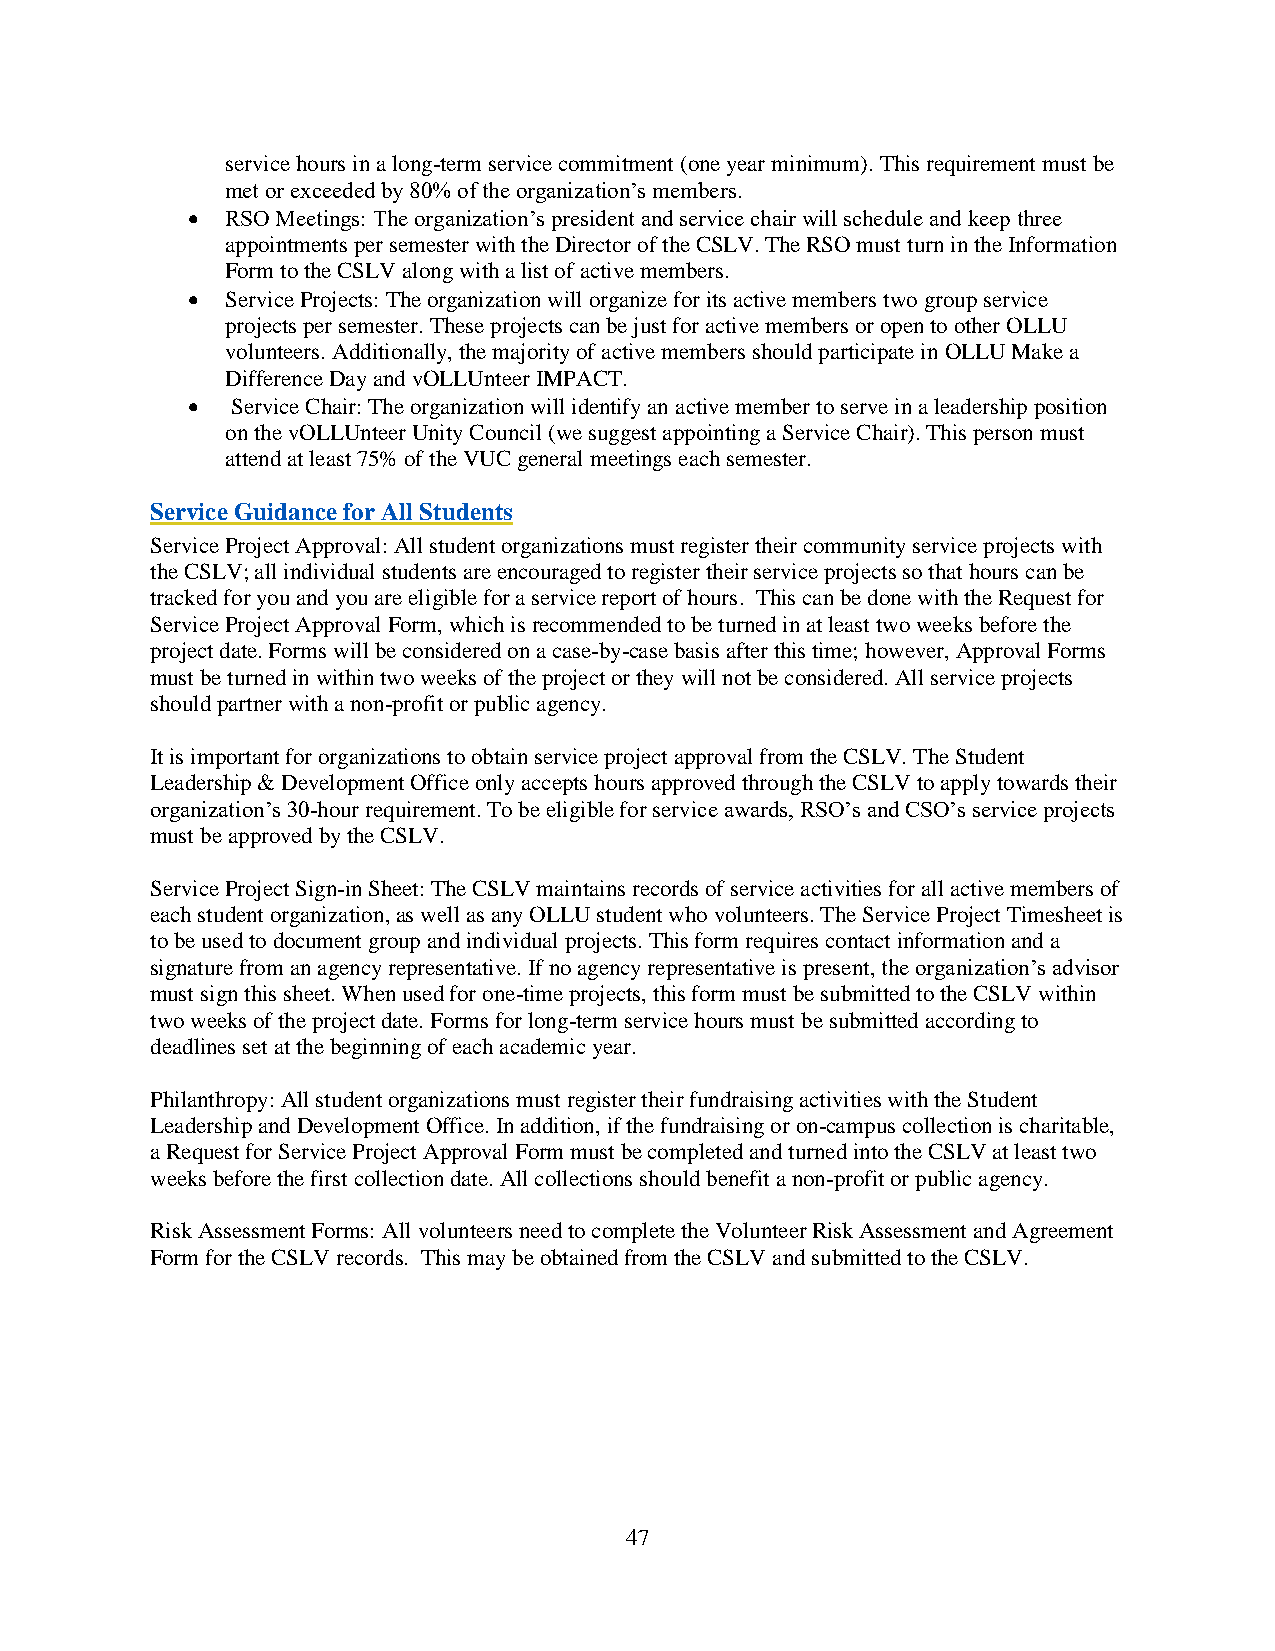
service hours in a long-term service commitment (one year minimum). This requirement must be
 met or exceeded by 80% of the organization’s members.
 •  RSO Meetings: The organization’s president and service chair will schedule and keep three
 appointments per semester with the Director of the CSLV. The RSO must turn in the Information
 Form to the CSLV along with a list of active members.
 •  Service Projects: The organization will organize for its active members two group service
 projects per semester. These projects can be just for active members or open to other OLLU
 volunteers. Additionally, the majority of active members should participate in OLLU Make a
 Difference Day and vOLLUnteer IMPACT.
 •  Service Chair: The organization will identify an active member to serve in a leadership position
 on the vOLLUnteer Unity Council (we suggest appointing a Service Chair). This person must
 attend at least 75% of the VUC general meetings each semester.
 Service Guidance for All Students
 Service Project Approval: All student organizations must register their community service projects with
 the CSLV; all individual students are encouraged to register their service projects so that hours can be
 tracked for you and you are eligible for a service report of hours. This can be done with the Request for
 Service Project Approval Form, which is recommended to be turned in at least two weeks before the
 project date. Forms will be considered on a case-by-case basis after this time; however, Approval Forms
 must be turned in within two weeks of the project or they will not be considered. All service projects
 should partner with a non-profit or public agency.
 It is important for organizations to obtain service project approval from the CSLV. The Student
 Leadership & Development Office only accepts hours approved through the CSLV to apply towards their
 organization’s 30-hour requirement. To be eligible for service awards, RSO’s and CSO’s service projects
 must be approved by the CSLV.
 Service Project Sign-in Sheet: The CSLV maintains records of service activities for all active members of
 each student organization, as well as any OLLU student who volunteers. The Service Project Timesheet is
 to be used to document group and individual projects. This form requires contact information and a
 signature from an agency representative. If no agency representative is present, the organization’s advisor
 must sign this sheet. When used for one-time projects, this form must be submitted to the CSLV within
 two weeks of the project date. Forms for long-term service hours must be submitted according to
 deadlines set at the beginning of each academic year.
 Philanthropy: All student organizations must register their fundraising activities with the Student
 Leadership and Development Office. In addition, if the fundraising or on-campus collection is charitable,
 a Request for Service Project Approval Form must be completed and turned into the CSLV at least two
 weeks before the first collection date. All collections should benefit a non-profit or public agency.
 Risk Assessment Forms: All volunteers need to complete the Volunteer Risk Assessment and Agreement
 Form for the CSLV records. This may be obtained from the CSLV and submitted to the CSLV.
 47